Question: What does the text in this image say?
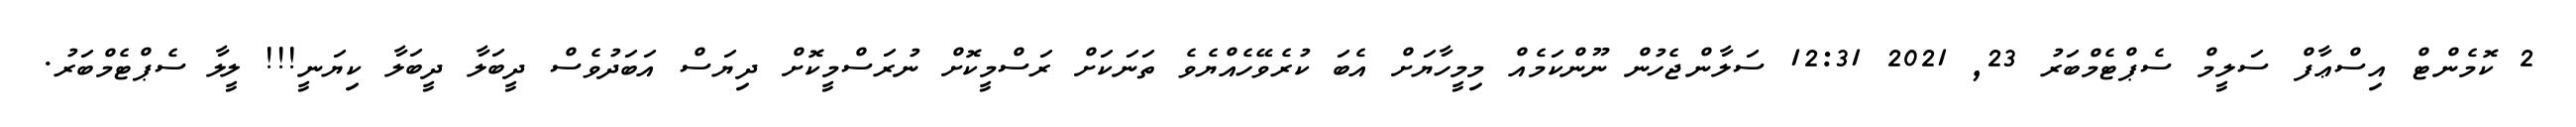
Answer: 2 ކޮމެންޓް އިސްޢާފް ސަލީމް ސެޕްޓެމްބަރު 23, 2021 12:31 ސަލާންޖެހުން ނޫންކަމެއް މިމީހާޔަށް އެބަ ކުރެވޭހެއްޔެވެ ތަނަކަށް ރަސްމީކޮށް ނުރަސްމީކޮށް ދިޔަސް އަބަދުވެސް ދީބަލާ ދީބަލާ ކިޔަނީ!!! ލީލާ ސެޕްޓެމްބަރު.